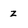
Character: z